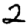
Digit: 2